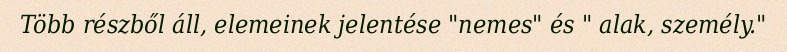
Több részből áll, elemeinek jelentése "nemes" és " alak, személy."